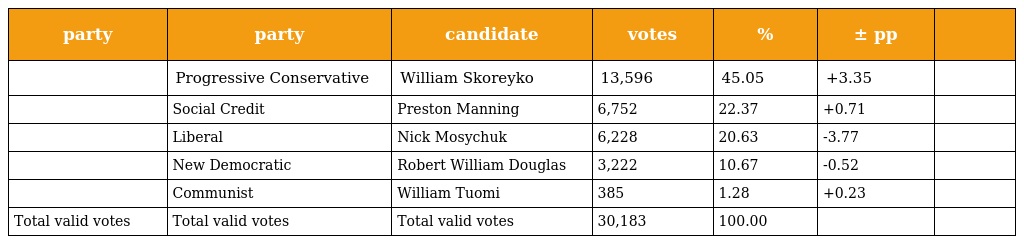
| party | party | candidate | votes | % | ± pp |  |
 | --- | --- | --- | --- | --- | --- | --- |
 |  | Progressive Conservative | William Skoreyko | 13,596 | 45.05 | +3.35 |  |
 |  | Social Credit | Preston Manning | 6,752 | 22.37 | +0.71 |  |
 |  | Liberal | Nick Mosychuk | 6,228 | 20.63 | -3.77 |  |
 |  | New Democratic | Robert William Douglas | 3,222 | 10.67 | -0.52 |  |
 |  | Communist | William Tuomi | 385 | 1.28 | +0.23 |  |
 | Total valid votes | Total valid votes | Total valid votes | 30,183 | 100.00 |  |  |